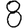
Digit: 8